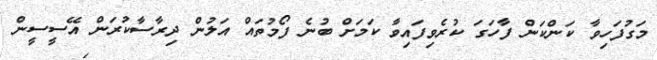
މަގުފަހިވާ ކަންކަން ފާހަގަ ކުރެވިފައިވާ ކަަމަށް ބުނެ ފޯމުތައް އަލުން ދިރާސާކުރަން އޭސީސީން